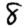
Digit: 8